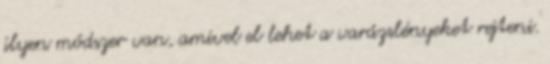
ilyen módszer van, amivel el lehet a varázslényeket rejteni.